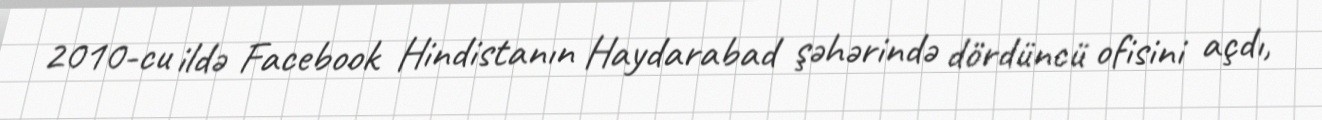
2010-cu ildə Facebook Hindistanın Haydarabad şəhərində dördüncü ofisini açdı,